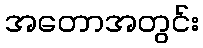
အတောအတွင်း